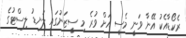
ރެކޯޑާއެކު އޭނާ ވަނީ މެސީ އަށް ވުރެ މި ސީޒަނުގައި ލަނޑު ލިސްޓުގެ